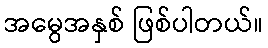
အမွေအနှစ် ဖြစ်ပါတယ်။